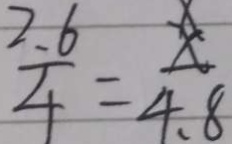
\frac { 2 . 6 } { 4 } = \frac { x } { 4 . 8 }